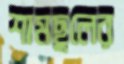
শামছুলের